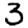
Digit: 3